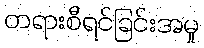
တရားစီရင်ခြင်းအမှု